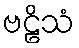
ဗဠိသံ